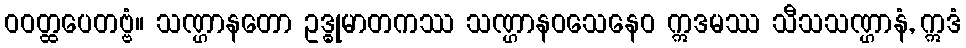
ဝဝတ္ထပေတဗ္ဗံ။ သဏ္ဌာနတော ဥဒ္ဓုမာတကဿ သဏ္ဌာနဝသေနေဝ ဣဒမဿ သီသသဏ္ဌာနံ, ဣဒံ